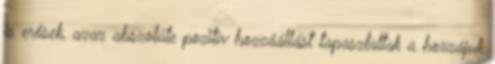
is erősek, azaz abszolúte pozitív hozzáállást tapasztaltak a hozzájuk